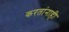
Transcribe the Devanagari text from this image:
करतांनाही